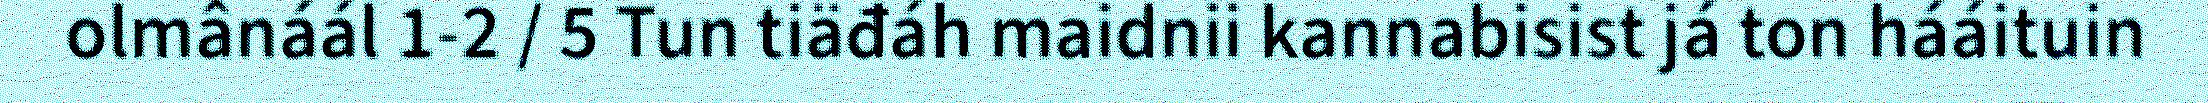
olmânáál 1-2 / 5 Tun tiäđáh maidnii kannabisist já ton hááituin